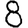
Digit: 8